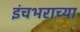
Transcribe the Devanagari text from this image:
इंचभराच्या